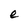
Character: e